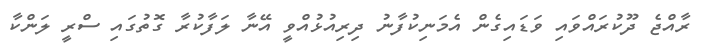
ރާއްޖެ ދޫކުރައްވައި ވަޑައިގެން އެމަނިކުފާނު ދިރިއުޅުއްވީ އޭނާ ލަފާކުރާ ގޮތުގައި ސްރީ ލަންކާ